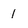
Character: 1